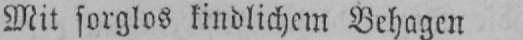
Mit sorglos kindlichem Behagen